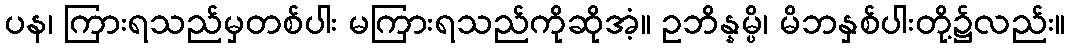
ပန၊ ကြားရသည်မှတစ်ပါး မကြားရသည်ကိုဆိုအံ့။ ဥဘိန္နမ္ပိ၊ မိဘနှစ်ပါးတို့၌လည်း။